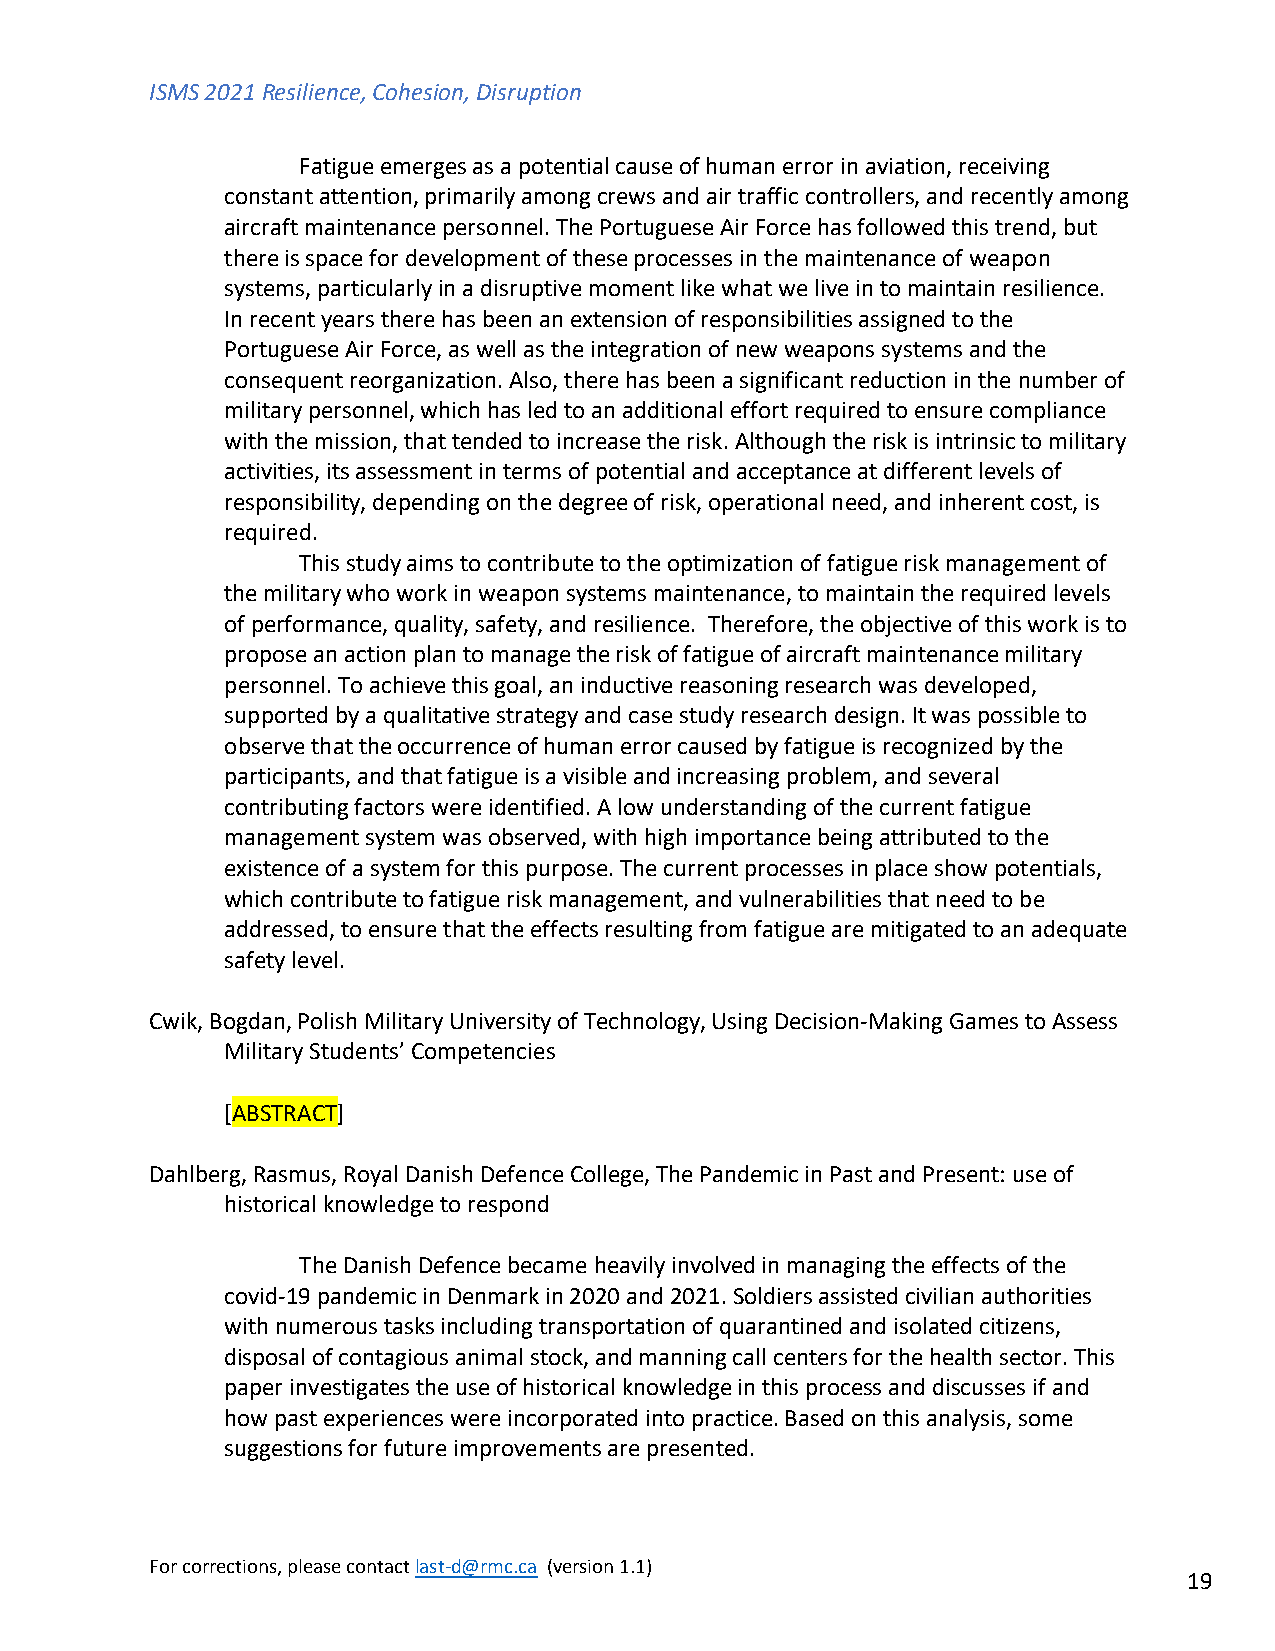
ISMS 2021 Resilience, Cohesion, Disruption
 Fatigue emerges as a potential cause of human error in aviation, receiving
 constant attention, primarily among crews and air traffic controllers, and recently among
 aircraft maintenance personnel. The Portuguese Air Force has followed this trend, but
 there is space for development of these processes in the maintenance of weapon
 systems, particularly in a disruptive moment like what we live in to maintain resilience.
 In recent years there has been an extension of responsibilities assigned to the
 Portuguese Air Force, as well as the integration of new weapons systems and the
 consequent reorganization. Also, there has been a significant reduction in the number of
 military personnel, which has led to an additional effort required to ensure compliance
 with the mission, that tended to increase the risk. Although the risk is intrinsic to military
 activities, its assessment in terms of potential and acceptance at different levels of
 responsibility, depending on the degree of risk, operational need, and inherent cost, is
 required.
 This study aims to contribute to the optimization of fatigue risk management of
 the military who work in weapon systems maintenance, to maintain the required levels
 of performance, quality, safety, and resilience. Therefore, the objective of this work is to
 propose an action plan to manage the risk of fatigue of aircraft maintenance military
 personnel. To achieve this goal, an inductive reasoning research was developed,
 supported by a qualitative strategy and case study research design. It was possible to
 observe that the occurrence of human error caused by fatigue is recognized by the
 participants, and that fatigue is a visible and increasing problem, and several
 contributing factors were identified. A low understanding of the current fatigue
 management system was observed, with high importance being attributed to the
 existence of a system for this purpose. The current processes in place show potentials,
 which contribute to fatigue risk management, and vulnerabilities that need to be
 addressed, to ensure that the effects resulting from fatigue are mitigated to an adequate
 safety level.
 Cwik, Bogdan, Polish Military University of Technology, Using Decision-Making Games to Assess
 Military Students’ Competencies
 [ABSTRACT]
 Dahlberg, Rasmus, Royal Danish Defence College, The Pandemic in Past and Present: use of
 historical knowledge to respond
 The Danish Defence became heavily involved in managing the effects of the
 covid-19 pandemic in Denmark in 2020 and 2021. Soldiers assisted civilian authorities
 with numerous tasks including transportation of quarantined and isolated citizens,
 disposal of contagious animal stock, and manning call centers for the health sector. This
 paper investigates the use of historical knowledge in this process and discusses if and
 how past experiences were incorporated into practice. Based on this analysis, some
 suggestions for future improvements are presented.
 For corrections, please contact last-d@rmc.ca (version 1.1)
 19